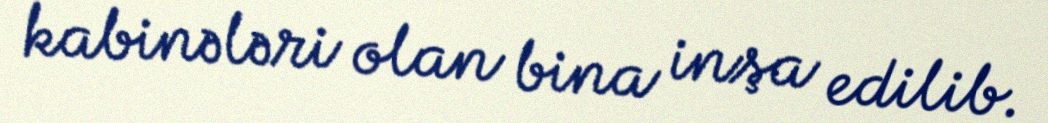
kabinələri olan bina inşa edilib.